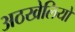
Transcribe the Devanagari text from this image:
अठखेलियों